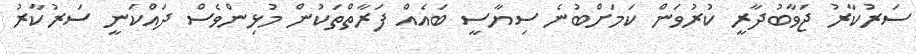
ސަރުކާރު ޖަވާބުދާރީ ކުރުވަން ކަމަށްބުނެ ސިޔާސީ ބައެއް ފަރާތްތަކުން މުޅިންވެސް ދައްކަނީ ސަރުކާރު